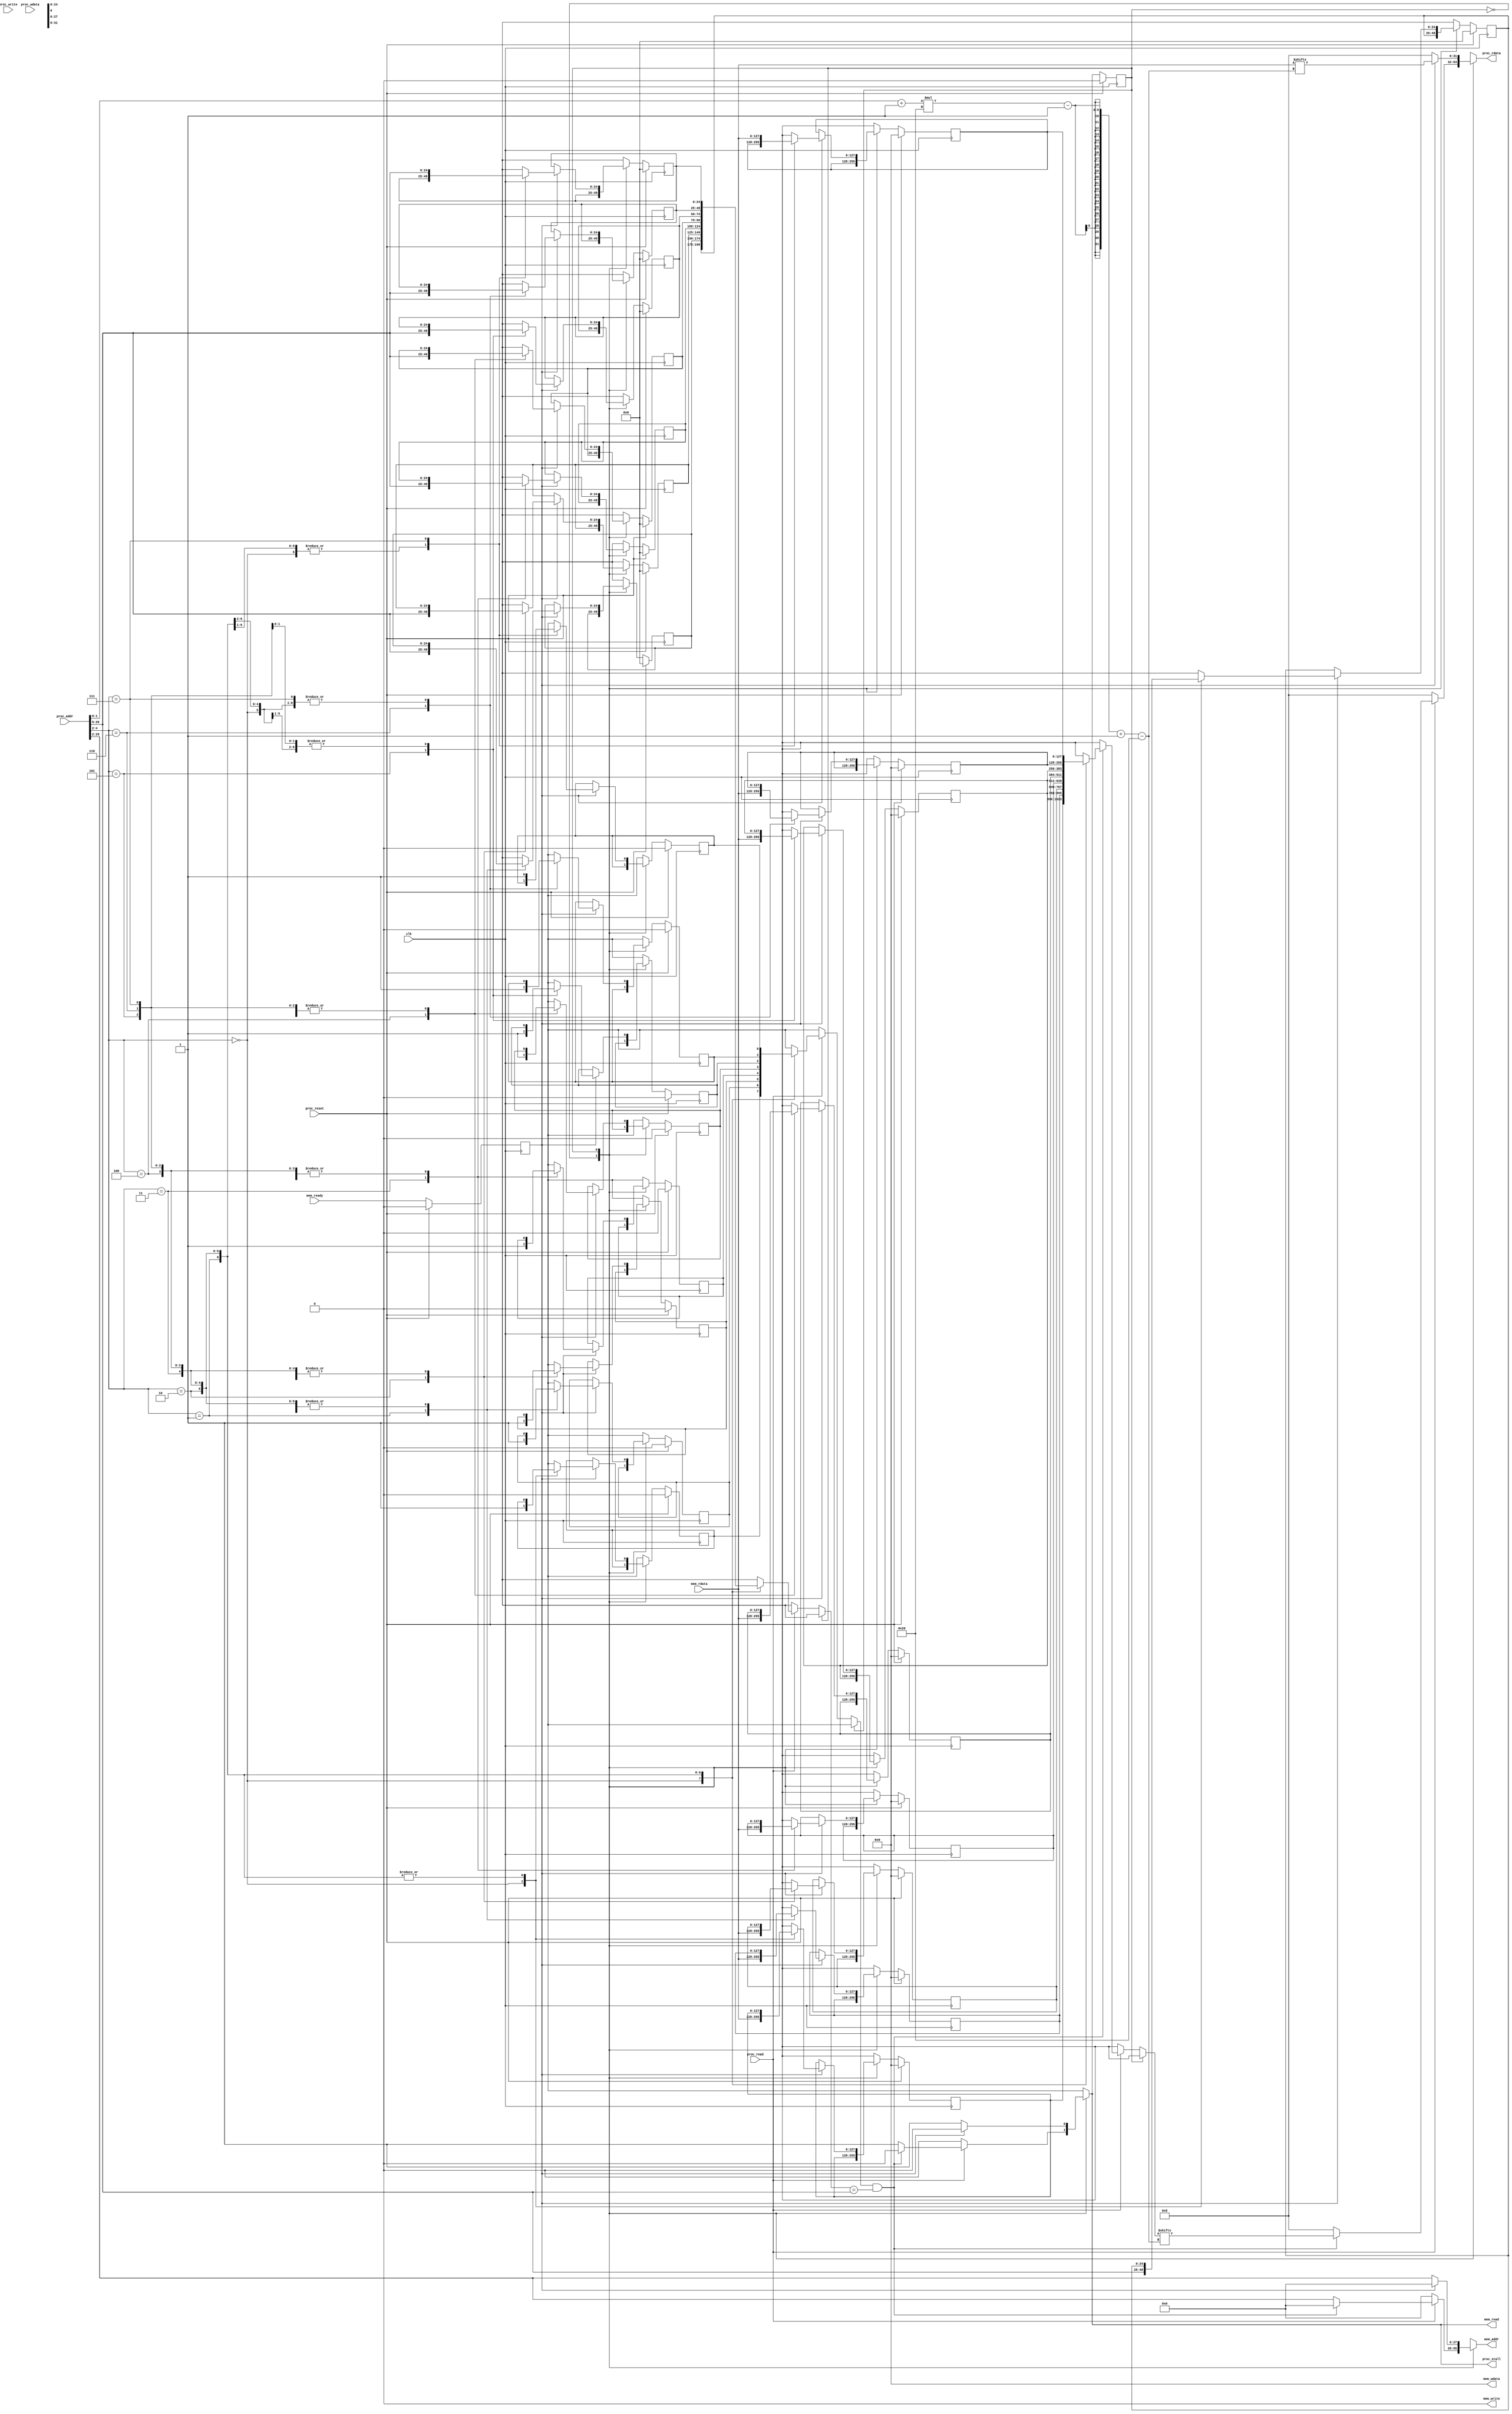
// directed map ICache (read-only)
module Icache(
    clk,
    proc_reset,
    proc_read,
    proc_write,
    proc_addr,
    proc_rdata,
    proc_wdata,
    proc_stall,
    mem_read,
    mem_write,
    mem_addr,
    mem_rdata,
    mem_wdata,
    mem_ready
);
    
//==== input/output definition ============================
    input          clk;
    // processor interface
    input          proc_reset;
    input          proc_read, proc_write;
    input   [29:0] proc_addr;
    input   [31:0] proc_wdata;
    output         proc_stall;
    output  [31:0] proc_rdata;
    // memory interface
    input  [127:0] mem_rdata;
    input          mem_ready;
    output         mem_read, mem_write;
    output  [27:0] mem_addr;
    output [127:0] mem_wdata;

//==== parameter ==========================================
parameter NUM_OF_BLOCK = 8;
parameter BLOCK_OFFSET = 3;

parameter IDLE = 1'd0;
parameter READ_MEM = 1'd1;

//==== wire/reg definition ================================
// outputs 
reg         proc_stall;
reg [ 31:0] proc_rdata;
reg         mem_read, mem_write;
reg [ 27:0] mem_addr;
reg [127:0] mem_wdata;

// FFs
reg                   state, next_state;

reg [127:0]             data[0:NUM_OF_BLOCK-1],  next_data[0:NUM_OF_BLOCK-1];
reg [27-BLOCK_OFFSET:0] tag[0:NUM_OF_BLOCK-1],   next_tag[0:NUM_OF_BLOCK-1];
reg                     valid[0:NUM_OF_BLOCK-1], next_valid[0:NUM_OF_BLOCK-1];

reg                   mem_ready_FF, next_mem_ready_FF;

wire read;
wire [27-BLOCK_OFFSET:0] in_tag;
wire [BLOCK_OFFSET-1:0] block_idx;
wire [1:0] word_idx;

//==== combinational circuit ==============================
integer i;
assign read     = proc_read;
assign in_tag   = proc_addr[29:2+BLOCK_OFFSET];
assign block_idx  = proc_addr[1+BLOCK_OFFSET:2];
assign word_idx = proc_addr[1:0];
// reg [31:0] miss, next_miss;
// reg [31:0] total, next_total;
always @(*) begin
    // next_total = total;
    // next_miss = miss;
    next_mem_ready_FF = mem_ready;
    next_state = state;
    proc_stall = 1'b0;
    proc_rdata = 0;
    mem_read = 1'b0;
    mem_write = 1'b0;
    mem_addr = 0;
    mem_wdata = 127'b0;
    for (i = 0; i < NUM_OF_BLOCK; i=i+1) begin
        next_data[i] = data[i];
        next_tag[i] = tag[i];
        next_valid[i] = valid[i];
    end
    case (state)
        IDLE: begin
            // if (read) next_total = total+1;
            if (read) begin
                if (valid[block_idx] && (tag[block_idx] == in_tag)) begin // hit
                    next_state = IDLE;
                    proc_rdata = data[block_idx][(word_idx+1)*32-1 -: 32];
                end
                else begin
                    // next_miss = miss+1;
                    next_state = READ_MEM;
                    mem_read = 1'b1;
                    mem_addr = { in_tag, block_idx };
                    proc_stall = 1'b1;
                end
            end
        end
        READ_MEM: begin
            if (mem_ready_FF) begin
                next_state = IDLE;
                proc_stall = 1'b0;
                next_valid[block_idx] = 1'b1;
                next_tag[block_idx] = in_tag;
                next_data[block_idx] = mem_rdata;
                proc_rdata = mem_rdata[(word_idx+1)*32-1 -: 32];
            end
            else begin
                next_state = READ_MEM;
                mem_read = 1'b1;
                mem_addr = { in_tag, block_idx };
                proc_stall = 1'b1;
            end
        end
    endcase
end

//==== sequential circuit =================================
integer j;
always@( posedge clk ) begin
    if( proc_reset ) begin
        // miss <= 0;
        // total <= 0;
        mem_ready_FF <= 0;
        state <= IDLE;
        for (j = 0; j < NUM_OF_BLOCK; j=j+1) begin
            data[j]  <= 128'b0;
            tag[j]   <= 0;
            valid[j] <= 0;
        end
    end
    else begin
        // miss <= next_miss;
        // total <= next_total;
        mem_ready_FF <= next_mem_ready_FF;
        state <= next_state;
        for (j = 0; j < NUM_OF_BLOCK; j=j+1) begin
            data[j]  <= next_data[j];
            tag[j]   <= next_tag[j];
            valid[j] <= next_valid[j];
        end
    end
end

endmodule